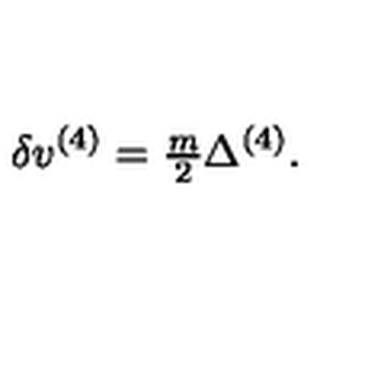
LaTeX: \delta v ^ { ( 4 ) } = { \textstyle \frac { m } { 2 } } \Delta ^ { ( 4 ) } .